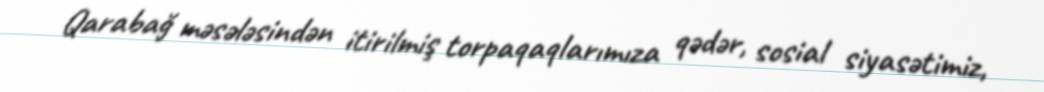
Qarabağ məsələsindən itirilmiş torpaqaqlarımıza qədər, sosial siyasətimiz,